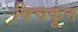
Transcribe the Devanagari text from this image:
बिचकून